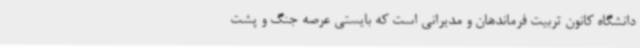
دانشگاه کانون تربیت فرماندهان و مدیرانی است که بایستی عرصه جنگ و پشت